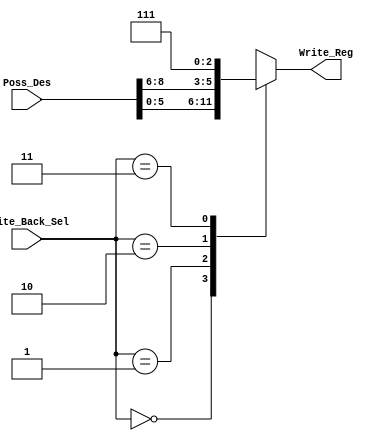
/********************************************************************************************************
/		MODULE: Register_File_Input
/		PURPOSE: Select which portion of the instruction is used as the destination register
/
/
/		INPUTS: Poss_Des - Possible Destination encoded in instruction
/					00 - Rd (Immediate) [7:5]
/					01 - Rd (Register) [4:2]
/					10 - Rs [10:8]
/					11 - R7
/					
/				Write_Back_Sel - Input from Processor Control, which one is passed through
/
/		OUTPUTS: Write_Reg - Register to be written to
********************************************************************************************************/
module Register_File_Input (Poss_Des, Write_Back_Sel, Write_Reg);

input [8:0] Poss_Des; 
input [1:0] Write_Back_Sel; //Destination select

output [2:0] Write_Reg; //Destination to be written to

reg [2:0] case_out;

assign Write_Reg = case_out;

always @ (Poss_Des, Write_Back_Sel) begin
	case(Write_Back_Sel)
		2'h0: begin
			case_out = Poss_Des[5:3];
		end
		
		2'h1: begin
			case_out = Poss_Des[2:0];
		end
		
		2'h2: begin
			case_out = Poss_Des[8:6];
		end
		
		3'h3: begin
			case_out = 3'h7;
		end
	endcase
end

endmodule